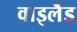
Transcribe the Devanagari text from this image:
वाइलैंड